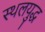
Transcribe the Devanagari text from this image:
स्थलयुद्ध